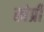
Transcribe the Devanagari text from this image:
खेप्री